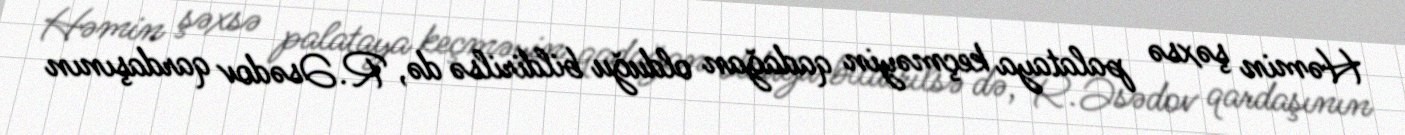
Həmin şəxsə palataya keçməyin qadağan olduğu bildirilsə də, R.Əsədov qardaşının